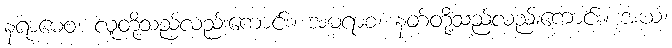
နရာဓေဝ၊ လူတို့သည်လည်းကောင်း။ အမရာစ၊ နတ်တို့သည်လည်းကောင်း။ အယံ၊